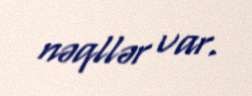
nəqllər var.